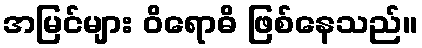
အမြင်များ ဝိရောဓိ ဖြစ်နေသည်။